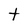
Character: t